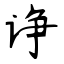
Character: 诤